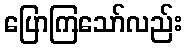
ပြောကြသော်လည်း